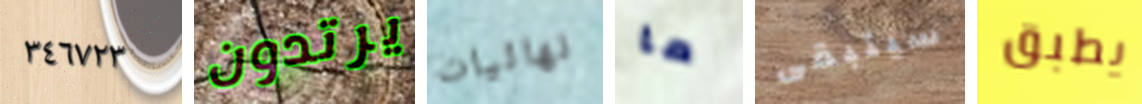
٣٤٦٧٢٣ يرتدون نهائيات ما سيتبقى يطبق